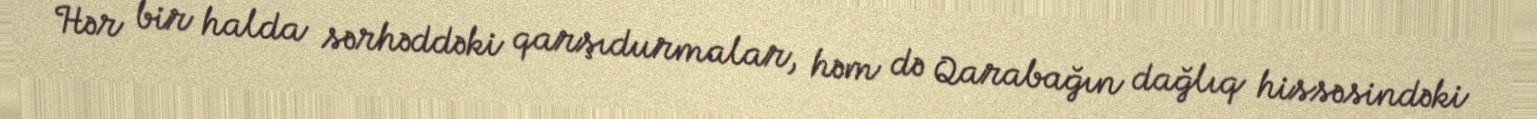
Hər bir halda sərhəddəki qarşıdurmalar, həm də Qarabağın dağlıq hissəsindəki